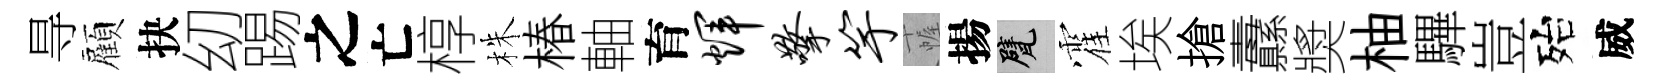
㝵顧抉㓜踢之亡椁株椿軸育辉擎竽幄揚甓霍埃搶纛奬柚驆豈殆威